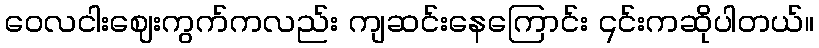
ဝေလငါးဈေးကွက်ကလည်း ကျဆင်းနေကြောင်း ၎င်းကဆိုပါတယ်။